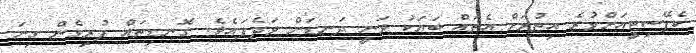
ކެޕޭސިޓީއަށްވުރެ އިތުރަށް އެތައް ބަޔަކު ވަނީ ދަނޑަށް ވަދެފައެވެ. ގޮނޑިތައް ފުރިގެން ގިނަ